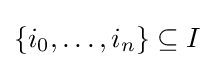
\{i_{0},\ldots ,i_{n}\}\subseteq I